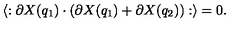
\langle : \partial X ( q _ { 1 } ) \cdot ( \partial X ( q _ { 1 } ) + \partial X ( q _ { 2 } ) ) : \rangle = 0 .